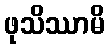
ဖုသိဿာမိ